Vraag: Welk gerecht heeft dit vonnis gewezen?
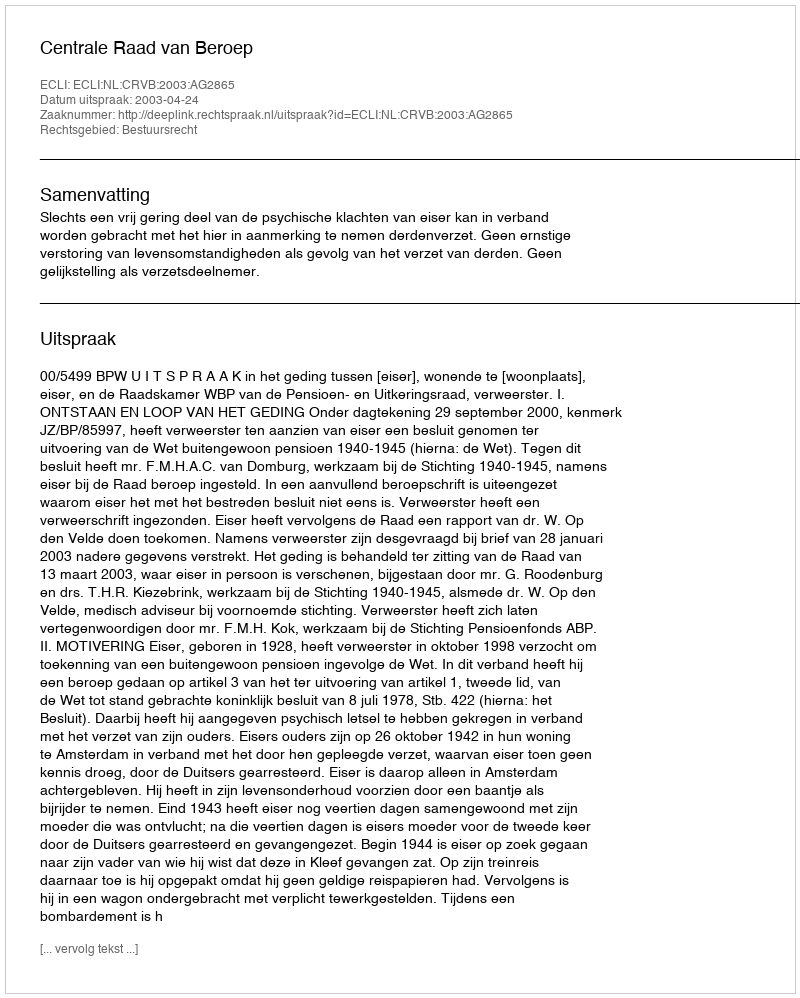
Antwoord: Centrale Raad van Beroep